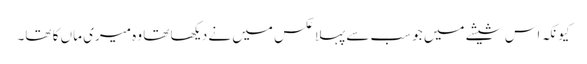
کیونکہ اس شیشے میں جو سب سے پہلا عکس میں نے دیکھا تھا وہ میری ماں کا تھا۔